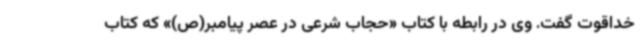
خداقوت گفت. وی در رابطه با کتاب «حجاب شرعی در عصر پیامبر(ص)» که کتاب